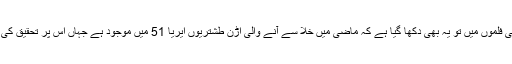
بلکہ بہت سی فلموں میں تو یہ بھی دکھا گیا ہے کہ ماضی میں خلا سے آنے والی اڑن طشتریوں ایریا 51 میں موجود ہے جہاں اس پر تحقیق کی جارہی ہے۔